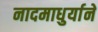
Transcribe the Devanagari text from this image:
नादमाधुर्याने